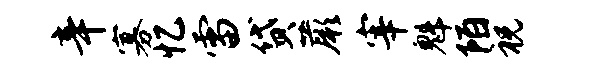
辛寡忆雷贷蕨宰魁陌祝